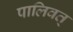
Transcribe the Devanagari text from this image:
पालिवत्‌